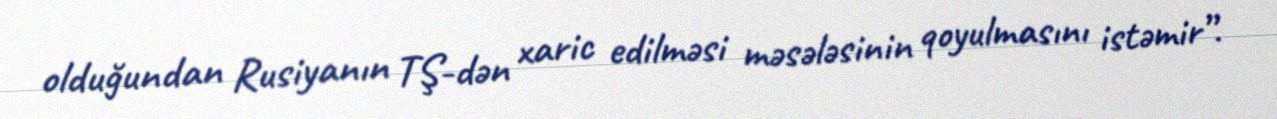
olduğundan Rusiyanın TŞ-dən xaric edilməsi məsələsinin qoyulmasını istəmir”.